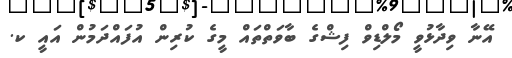
އޭނާ ވިދާޅުވީ މޯލްޑިވް ފިޝްގެ ބާވަތްތައް މީގެ ކުރިން އުފައްދަމުން އައީ ކ.